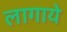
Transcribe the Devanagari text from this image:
लागाये